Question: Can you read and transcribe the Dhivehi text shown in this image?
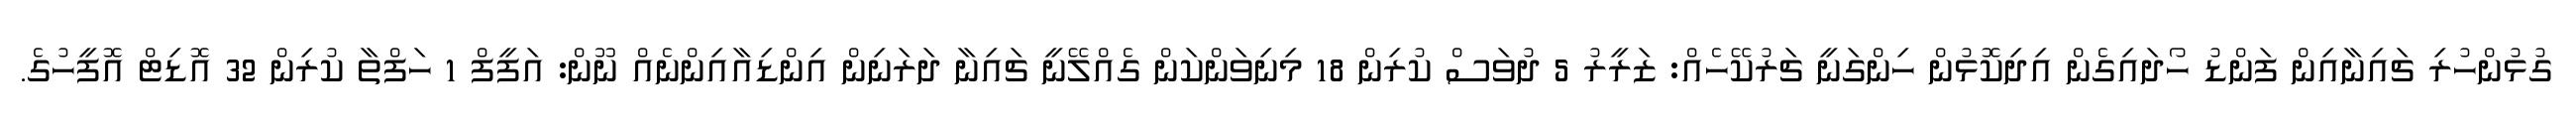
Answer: ގުޅުންހުރި ޗައިނާއިން ފަންޑު ހޯދައިގެން އިދިކޮޅުން ހިންގަނީ ޗަރުކޭހެއް: ޒަރީރު 5 ދުވަސް ކުރިން 18 މިނިވަންކަން ގެއްލޭނީ ޗައިނާ ދަރަނިން އިންޑިއާއިންނެއް ނޫން: އަފީފް 1 ހަފްތާ ކުރިން 32 އޮޑިޓް އޮފީހުގެ.